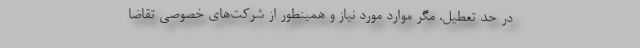
در حد تعطیل، مگر موارد مورد نیاز و همینطور از شرکت‌های خصوصی تقاضا